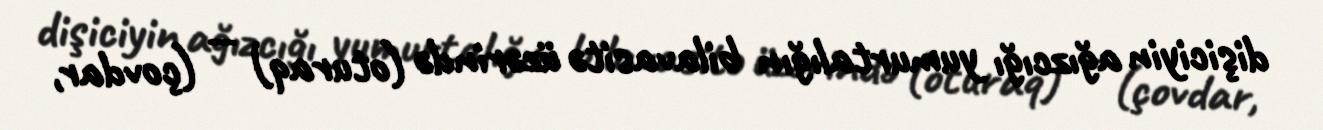
dişiciyin ağızcığı yumurtalığın bilavasitə üzərində (oturaq) — (çovdar,